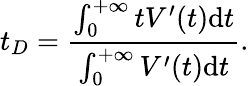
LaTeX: t_{D}={\frac{\int_{0}^{+\infty}tV^{\prime}(t)\mathrm{d}t}{\int_{0}^{+\infty}V^{\prime}(t)\mathrm{d}t}}.